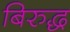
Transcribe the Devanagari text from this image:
बिरुद्ध